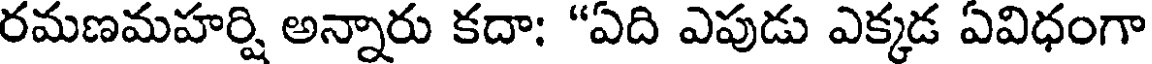
రమణమహర్షి అన్నారు కదా: "ఏది ఎపుడు ఎక్కడ ఏవిధంగా